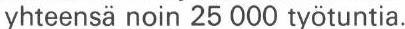
yhteensä noin 25 000 työtuntia.